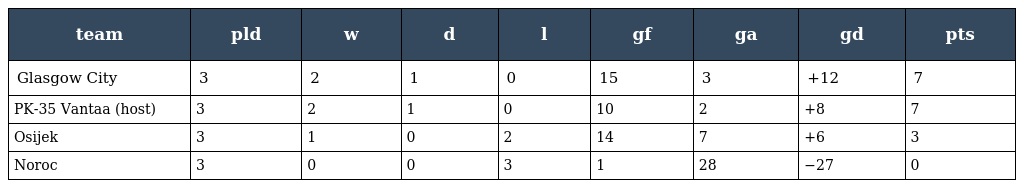
| team | pld | w | d | l | gf | ga | gd | pts |
 | --- | --- | --- | --- | --- | --- | --- | --- | --- |
 | Glasgow City | 3 | 2 | 1 | 0 | 15 | 3 | +12 | 7 |
 | PK-35 Vantaa (host) | 3 | 2 | 1 | 0 | 10 | 2 | +8 | 7 |
 | Osijek | 3 | 1 | 0 | 2 | 14 | 7 | +6 | 3 |
 | Noroc | 3 | 0 | 0 | 3 | 1 | 28 | −27 | 0 |